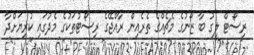
ރިސޯޓް ލީގު ބާ ޒޯނުގެ މެޗެއްގެ ތެރެއިން ރާއްޖޭގެ ރިސޯޓުތަކުގެ މެދުގައި ކުރިޔަށްދާ